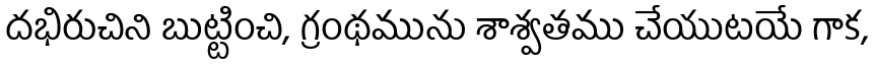
దభిరుచిని బుట్టించి, గ్రంథమును శాశ్వతము చేయుటయే గాక,